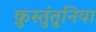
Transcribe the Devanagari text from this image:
क़ुस्तुंतुनिया